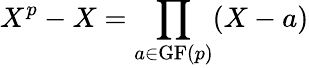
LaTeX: X^{p}-X=\prod_{a\in\mathrm{{GF}}(p)}(X-a)